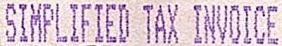
SIMPLIFIED TAX INVOICE